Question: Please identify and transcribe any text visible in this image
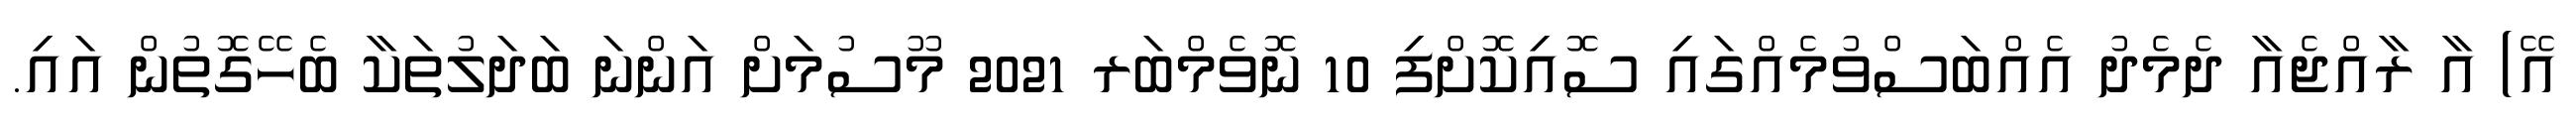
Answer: އޭ) އާ ރާއްޖެއާ ދެމެދު އެއްބަސްވުމެއްގައި ސޮއިކޮށްފި 10 ނޮވެމްބަރ 2021 މޫސުމަށް އަންނަ ބަދަލުތަކާ ބެހޭގޮތުން އައި.